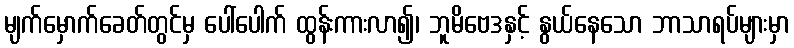
မျက်မှောက်ခေတ်တွင်မှ ပေါ်ပေါက် ထွန်းကားလာ၍၊ ဘူမိဗေဒနှင့် နွယ်နေသော ဘာသာရပ်များမှာ